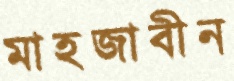
মাহজাবীন